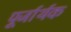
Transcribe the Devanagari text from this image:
पूर्जार्थक